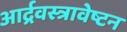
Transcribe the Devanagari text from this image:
आर्द्रवस्त्रावेष्टन